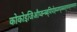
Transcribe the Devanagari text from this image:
कोकोइजिऔप्क्न्ब्ब्यिपोह्य्य्ग्य्व्ब्ब्व्त्च्व्त्र्फ्च्ग्फ्व्ग्व्ग